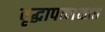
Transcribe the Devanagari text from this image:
वृद्धापकाळात